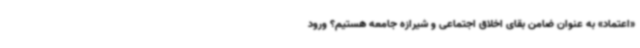
«اعتماد» به عنوان ضامن بقای اخلاق اجتماعی و شیرازه جامعه هستیم؟ ورود